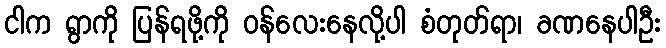
ငါက ရွာကို ပြန်ရဖို့ကို ဝန်လေးနေလို့ပါ စံတုတ်ရာ၊ ခဏနေပါဦး